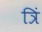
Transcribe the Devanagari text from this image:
त्रिं